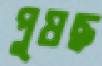
পুষছ